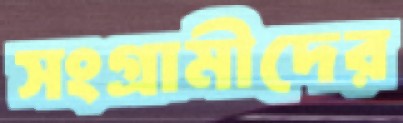
সংগ্রামীদের